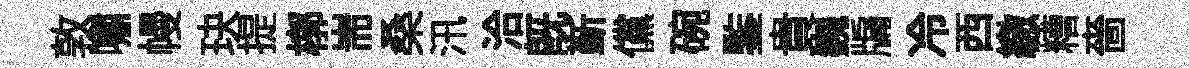
敦嘯幔玦提槨耑桑汛洽既斳儻碗鍳貴巍牖冷西繳糟嗇